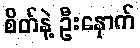
စိတ်နဲ့ ဦးနှောက်